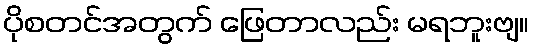
ပိုစတင်အတွက် ဖြေတာလည်း မရဘူးဗျ။